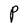
Character: P